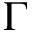
\Gamma